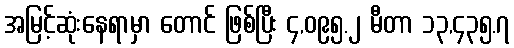
အမြင့်ဆုံးနေရာမှာ တောင် ဖြစ်ပြီး ၄,၀၉၅.၂ မီတာ ၁၃,၄၃၅.၇